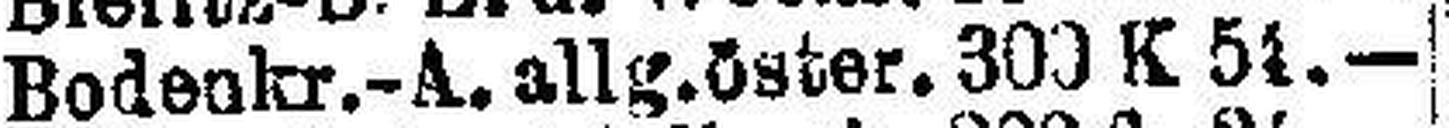
Bodenkr.-A. allg. öster. 300 K 51.—